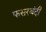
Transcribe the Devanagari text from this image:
फसरबंदी